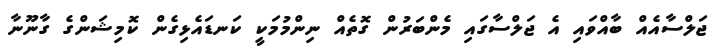
ޖަލްސާއެއް ބާއްވައި އެ ޖަލްސާގައި މެންބަރުން ގޮތެއް ނިންމުމަކީ ކަނޑައެޅިގެން ކޮމިޝަންގެ ގާނޫނާ